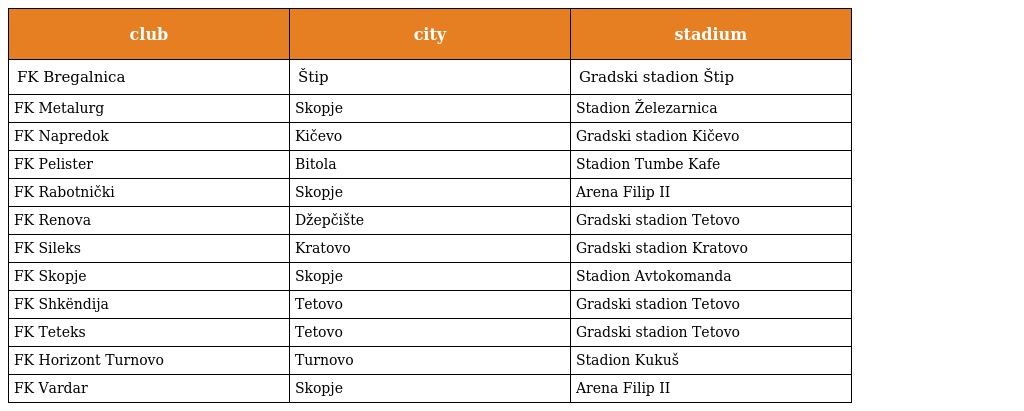
| club | city | stadium |
 | --- | --- | --- |
 | FK Bregalnica | Štip | Gradski stadion Štip |
 | FK Metalurg | Skopje | Stadion Železarnica |
 | FK Napredok | Kičevo | Gradski stadion Kičevo |
 | FK Pelister | Bitola | Stadion Tumbe Kafe |
 | FK Rabotnički | Skopje | Arena Filip II |
 | FK Renova | Džepčište | Gradski stadion Tetovo |
 | FK Sileks | Kratovo | Gradski stadion Kratovo |
 | FK Skopje | Skopje | Stadion Avtokomanda |
 | FK Shkëndija | Tetovo | Gradski stadion Tetovo |
 | FK Teteks | Tetovo | Gradski stadion Tetovo |
 | FK Horizont Turnovo | Turnovo | Stadion Kukuš |
 | FK Vardar | Skopje | Arena Filip II |